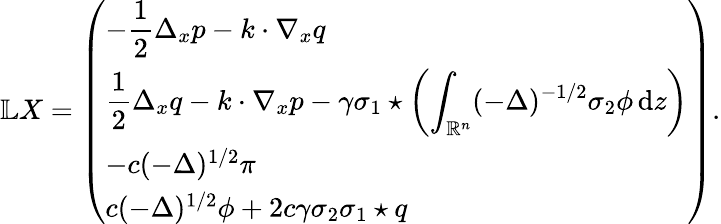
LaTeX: \mathbb LX=\left(\begin{array}{l}{-\displaystyle\frac 12\Delta_{x}p-k\cdot\nabla_{x}q}\\ {\displaystyle\frac{1}{2}\Delta_{x}q-k\cdot\nabla_{x}p-\gamma\sigma_{1}\star\left(\displaystyle\int_{\mathbb R^{n}}(-\Delta)^{-1/2}\sigma_{2}\phi\, {\mathrm{d}}z\right)}\\ {-c(-\Delta)^{1/2}\pi}\\ {c(-\Delta)^{1/2}\phi+2c\gamma\sigma_{2}\sigma_{1}\star q}\end{array}\right).